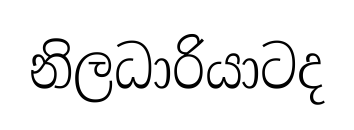
නිලධාරියාටද